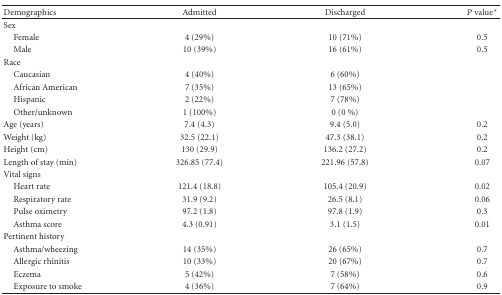
<table><thead><tr><td><b>Demographics</b></td><td><b>Admitted</b></td><td><b>Discharged </b></td><td><b><i>P</i> value*</b></td></tr></thead><tbody><tr><td>Sex</td><td> </td><td> </td><td> </td></tr><tr><td> Female</td><td>4 (29%)</td><td>10 (71%)</td><td>0.5</td></tr><tr><td> Male </td><td>10 (39%)</td><td>16 (61%)</td><td>0.5</td></tr><tr><td>Race</td><td> </td><td> </td><td> </td></tr><tr><td> Caucasian</td><td>4 (40%)</td><td>6 (60%)</td><td> </td></tr><tr><td> African American</td><td>7 (35%)</td><td>13 (65%)</td><td> </td></tr><tr><td> Hispanic</td><td>2 (22%)</td><td>7 (78%)</td><td> </td></tr><tr><td> Other/unknown</td><td>1 (100%)</td><td>0 (0 %)</td><td> </td></tr><tr><td>Age (years)</td><td>7.4 (4.3)</td><td>9.4 (5.0)</td><td>0.2</td></tr><tr><td>Weight (kg)</td><td>32.5 (22.1)</td><td>47.3 (38.1)</td><td>0.2</td></tr><tr><td>Height (cm)</td><td>130 (29.9)</td><td>136.2 (27.2)</td><td>0.2</td></tr><tr><td>Length of stay (min)</td><td>326.85 (77.4)</td><td>221.96 (57.8)</td><td>0.07</td></tr><tr><td>Vital signs</td><td> </td><td> </td><td> </td></tr><tr><td> Heart rate </td><td>121.4 (18.8)</td><td>105.4 (20.9)</td><td>0.02</td></tr><tr><td> Respiratory rate </td><td>31.9 (9.2)</td><td>26.5 (8.1)</td><td>0.06</td></tr><tr><td> Pulse oximetry </td><td>97.2 (1.8)</td><td>97.8 (1.9)</td><td>0.3</td></tr><tr><td> Asthma score </td><td>4.3 (0.91)</td><td>3.1 (1.5)</td><td>0.01</td></tr><tr><td>Pertinent history</td><td> </td><td> </td><td> </td></tr><tr><td> Asthma/wheezing</td><td>14 (35%)</td><td>26 (65%)</td><td>0.7</td></tr><tr><td> Allergic rhinitis </td><td>10 (33%)</td><td>20 (67%)</td><td>0.7</td></tr><tr><td> Eczema </td><td>5 (42%)</td><td>7 (58%)</td><td>0.6</td></tr><tr><td> Exposure to smoke </td><td>4 (36%)</td><td>7 (64%)</td><td>0.9</td></tr></tbody></table>